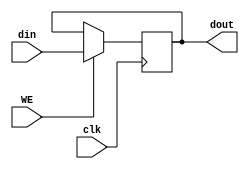
`timescale 1ns / 1ps
//////////////////////////////////////////////////////////////////////////////////
// Company: 
// Engineer: 
// 
// Design Name: 
// Module Name: register
// Project Name: 
// Target Devices: 
// Tool Versions: 
// Description: 
// 
// Dependencies: 
// 
// Revision:
// Revision 0.01 - File Created
// Additional Comments:
// 
//////////////////////////////////////////////////////////////////////////////////


module register 
    #(
        parameter width = 32
    )
    (
    input clk, WE,
    input [width-1:0] din,
    output reg [width-1:0] dout
    );
    initial
    begin
        dout <= 0;
    end
    
    always @(posedge clk) begin
        if (WE) begin
            dout[width-1:0] <= din[width-1:0];
        end
    end

endmodule